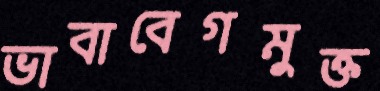
ভাবাবেগমুক্ত